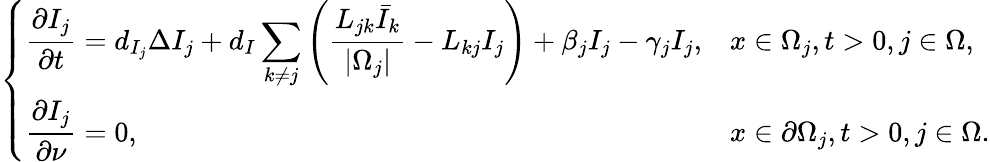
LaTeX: \left\{ \begin{array}{ll}{\displaystyle\frac{\partial I_{j}}{\partial t}=d_{I_{j}}\Delta I_{j}+d_{I}\sum_{k\neq j}\left(\frac{L_{jk}\bar{I}_{k}}{|\Omega_{j}|}-L_{kj}I_{j}\right)+\displaystyle{\beta_{j}I_{j}}-\gamma_{j}I_{j},}&{x\in\Omega_{j},t>0,j\in\Omega,}\\ {\displaystyle\frac{\partial I_{j}}{\partial\nu}=0,}&{x\in\partial\Omega_{j},t>0,j\in\Omega.}\end{array}\right.